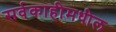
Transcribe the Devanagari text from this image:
सर्वकाहीमधील